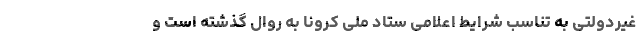
غیردولتی به تناسب شرایط اعلامی ستاد ملی کرونا به روال گذشته است و